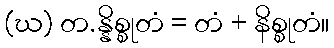
(ဃ) တ.န္နိစ္စုတံ = တံ + နိစ္စုတံ။